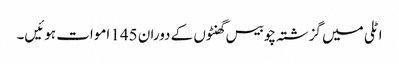
اٹلی میں گزشتہ چوبیس گھنٹوں کے دوران 145 اموات ہوئیں۔